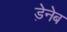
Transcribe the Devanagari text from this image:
ड़ेनेब